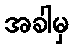
အခါမှ